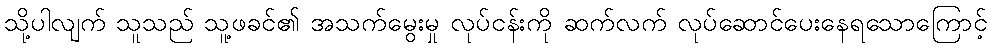
သို့ပါလျက် သူသည် သူ့ဖခင်၏ အသက်မွေးမှု လုပ်ငန်းကို ဆက်လက် လုပ်ဆောင်ပေးနေရသောကြောင့်